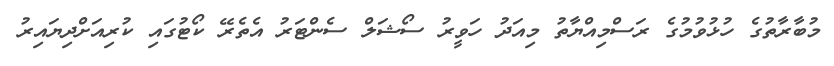
މުބާރާތުގެ ހުޅުވުމުގެ ރަސްމިއްޔާތު މިއަދު ހަވީރު ސޯޝަލް ސެންޓަރު އެތެރޭ ކޯޓުގައި ކުރިއަށްދިޔައިރު